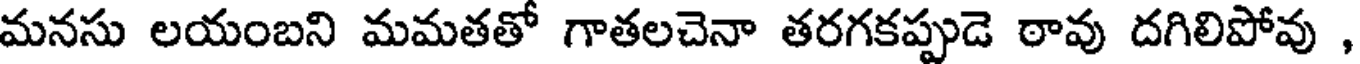
మనసు లయంబని మమతతో గాతలచెనా తరగకప్పుడె ఠావు దగిలిపోవు ,